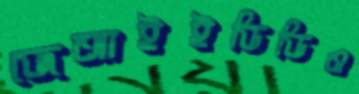
জেআইইডিডিও